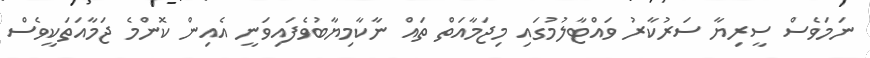
ނަމަވެސް ސީރިޔާ ސަރުކާރު ވައްޓާލުމުގައި މިޖަމާއަތް ތައް ނާކާމިޔާބުވެފައިވަނީ އެއިން ކޮންމެ ޖަމާއަތަކީވެސް